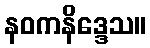
နဝကနိဒ္ဒေသ။